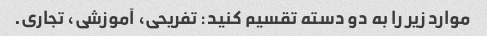
موارد زیر را به دو دسته تقسیم کنید: تفریحی، آموزشی، تجاری.